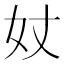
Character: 𡚹